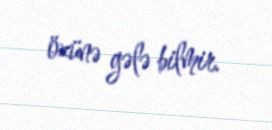
özünə gələ bilmir.